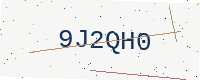
Text: 9J2QH0